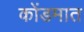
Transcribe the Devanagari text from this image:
कोंडमात